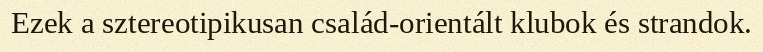
Ezek a sztereotipikusan család-orientált klubok és strandok.